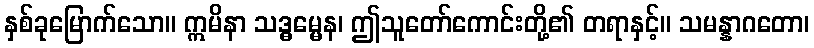
နှစ်ခုမြောက်သော။ ဣမိနာ သဒ္ဓမ္မေန၊ ဤသူတော်ကောင်းတို့၏ တရာနှင့်။ သမန္နာဂတော၊